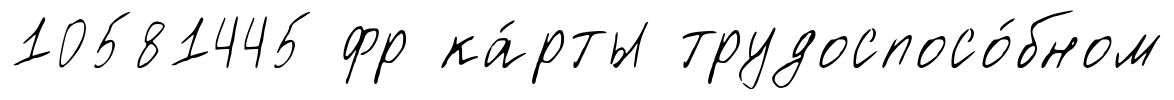
10581445 фр ка́рты трудоспосо́бном